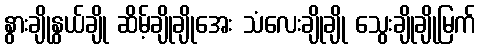
နွားချိုနွယ်ချို ဆိမ့်ချိုချိုအေး သံလေးချိုချို သွေးချိုချိုမြက်